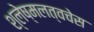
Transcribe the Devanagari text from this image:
श्लेष्मलत्वचेस